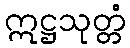
ဣဋ္ဌသုတ္တံ